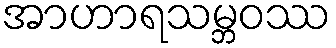
အာဟာရသမ္ဘဝဿ